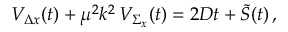
{ \cal V } _ { \Delta x } ( t ) + \mu ^ { 2 } k ^ { 2 } \, { \cal V } _ { \Sigma _ { x } } ( t ) = 2 D t + { \cal \tilde { S } } ( t ) \, ,